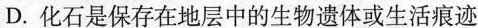
D.化石是保存在地层中的生物遗体或生活痕迹